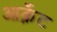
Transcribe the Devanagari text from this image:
आर्क्नेट